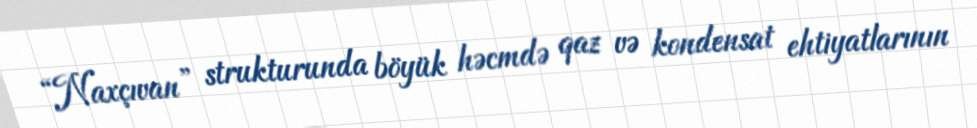
“Naxçıvan” strukturunda böyük həcmdə qaz və kondensat ehtiyatlarının